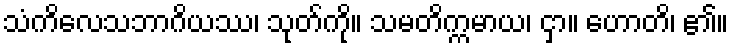
သံကိလေသဘာဂိယဿ၊ သုတ်ကို။ သမတိက္ကမာယ၊ ငှာ။ ဟောတိ၊ ၏။